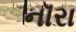
નૉરા